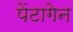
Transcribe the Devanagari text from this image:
पेंटागेन